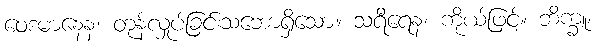
ဝေဒမာနေန၊ တုန်လှုပ်ခြင်းသဘောရှိသော။ သရီရေန၊ ကိုယ်ဖြင့်။ ဘိက္ခူ၊